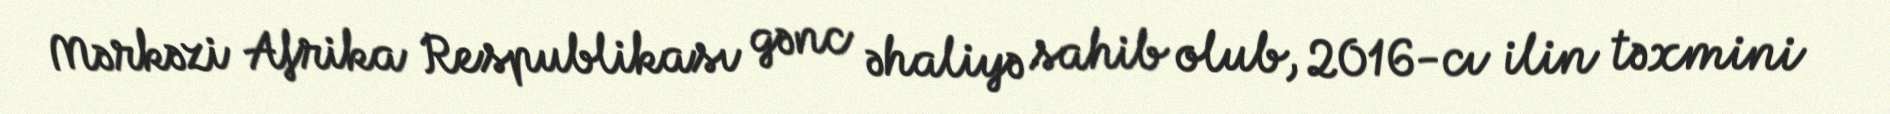
Mərkəzi Afrika Respublikası gənc əhaliyə sahib olub, 2016-cı ilin təxmini